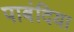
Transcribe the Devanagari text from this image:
पाबंदिया